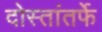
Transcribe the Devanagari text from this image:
दोस्तांतर्फे